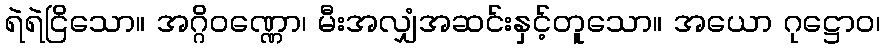
ရဲရဲငြိသော။ အဂ္ဂိဝဏ္ဏော၊ မီးအလျှံအဆင်းနှင့်တူသော။ အယော ဂုဋ္ဌောဝ၊